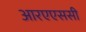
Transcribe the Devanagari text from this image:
आरएएससी